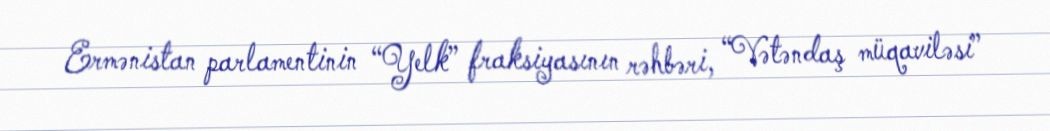
Ermənistan parlamentinin “Yelk” fraksiyasının rəhbəri, “Vətəndaş müqaviləsi”